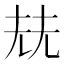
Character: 𡋰